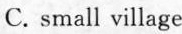
C. small village